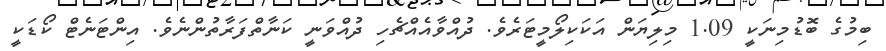
ބިމުގެ ބޮޑުމިނަކީ 1.09 މިލިޔަން އަކަކިލޯމީޓަރެވެ. ދުއްވާއެއްޗެހި ދުއްވަނީ ކަނާތްފަރާތުންނެވެ. އިންޓަނެޓް ކޯޑަކީ